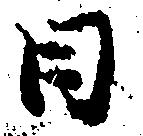
日